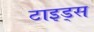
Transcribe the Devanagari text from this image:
टाइड्स